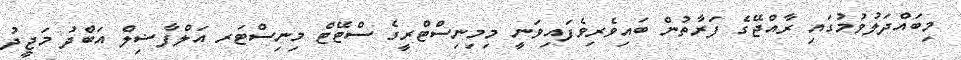
މިބައްދަލުވުމުގައި ރާއްޖޭގެ ފަރާތުން ބައިވެރިވެފައިވަނީ މިމިނިސްޓްރީގެ ސްޓޭޓް މިނިސްޓަރ އަލްފާޟިލް އަބްދު މަޖީދު